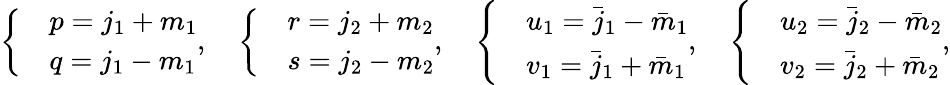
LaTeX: \left\{ \begin{array}{ll}&{p=j_{1}+m_{1}}\\ &{q=j_{1}-m_{1}}\end{array}\right.,\quad\left\{ \begin{array}{ll}&{r=j_{2}+m_{2}}\\ &{s=j_{2}-m_{2}}\end{array}\right.,\quad\left\{ \begin{array}{ll}&{u_{1}=\bar{j}_{1}-\bar{m}_{1}}\\ &{v_{1}=\bar{j}_{1}+\bar{m}_{1}}\end{array}\right.,\quad\left\{ \begin{array}{ll}&{u_{2}=\bar{j}_{2}-\bar{m}_{2}}\\ &{v_{2}=\bar{j}_{2}+\bar{m}_{2}}\end{array}\right.,